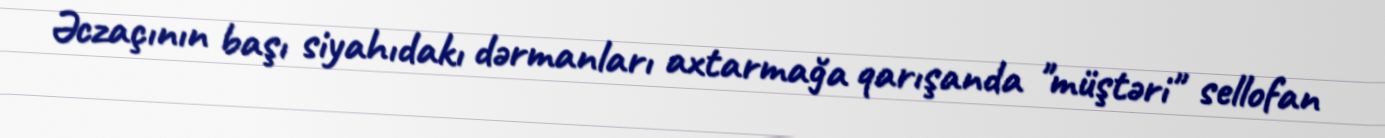
Əczaçının başı siyahıdakı dərmanları axtarmağa qarışanda "müştəri" sellofan